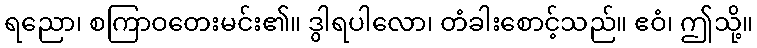
ရညော၊ စကြာဝတေးမင်း၏။ ဒွါရပါလော၊ တံခါးစောင့်သည်။ ဧဝံ၊ ဤသို့။